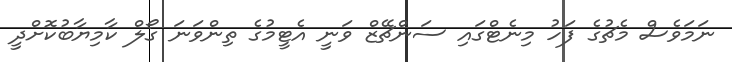
ނަމަވެސް މެޗުގެ ފަހު މިނެޓްގައި ސަންޗޭޒް ވަނީ އެޓީމުގެ ތިންވަނަ ގޯލް ކާމިޔާބުކޮށްދީ